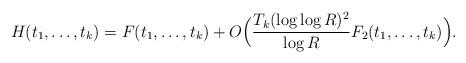
LaTeX: \begin{align*}H(t_1,\dots,t_k)=F(t_1,\dots,t_k)+O\Bigl(\frac{T_k(\log\log{R})^2}{\log{R}} F_2 (t_1,\dots,t_k)\Bigr).\end{align*}